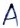
Text: A